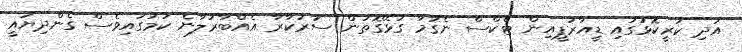
އަދި ކުރީކޮޅުގައި ޑީއާރުޕީއިން ޓެކްސް ނެގުމާ ގުޅޭގޮތުން ސަރުކާރާ އެއްބާރުލާނެ ކަމުގައިވެސް ގެންދިޔައީ